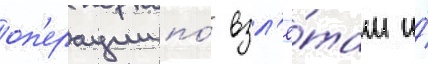
оп'ерации по́ взл'ё́там и́